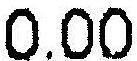
0.00